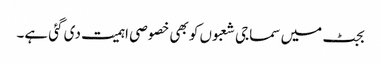
بجٹ میں سماجی شعبوں کو بھی خصوصی اہمیت دی گئی ہے۔